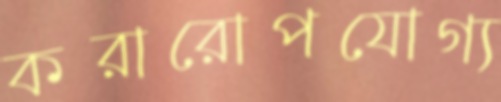
করারোপযোগ্য